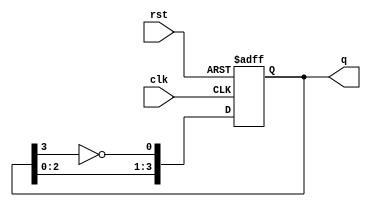
module jcnt(clk, rst, q);
    input clk;
    input rst;
    output [3:0] q;

    reg [3:0]d;

    always@(posedge clk, negedge rst)begin
        if(!rst)  d <= 4'b0000;
        else {d[3:1], d[0]} <= {d[2:0],~d[3]};
    end

    assign q = d;
endmodule